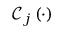
\mathcal { C } _ { j } \left( \cdot \right)